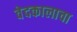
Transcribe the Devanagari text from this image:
वेदकालाचा